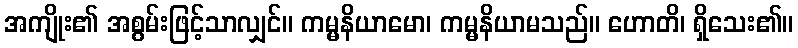
အကျိုး၏ အစွမ်းဖြင့်သာလျှင်။ ကမ္မနိယာမော၊ ကမ္မနိယာမသည်။ ဟောတိ၊ ရှိသေး၏။